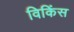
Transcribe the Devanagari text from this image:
विकिंस